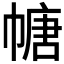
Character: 𫷎